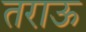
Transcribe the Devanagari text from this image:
तराऊ